Plague in India, 1896, 1897 - Volume 2
Year: 1896
Disease focus: Plague
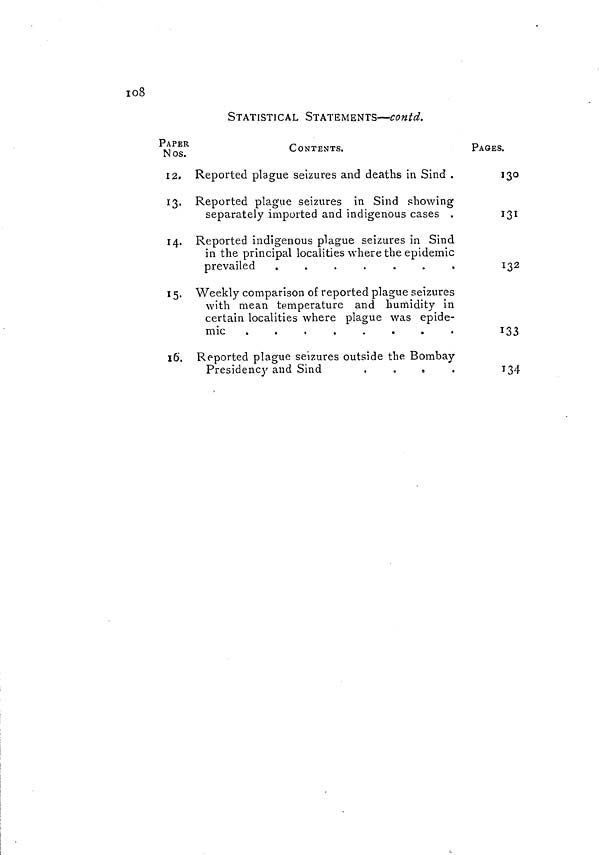
108
STATISTICAL STATEMENTS—contd.
PAPER
Nos.
CONTENTS.
PAGES.
12. Reported plague seizures and deaths in Sind .
130
13. Reported plague seizures in Sind showing
separately imported and indigenous cases .
131
14. Reported indigenous plague seizures in Sind
in the principal localities where the epidemic
prevailed
.
.
.
.
.
.
.
132
15. Weekly comparison of reported plague seizures
with mean temperature and humidity in
certain localities where plague was epide-
mic
.
.
.
.
.
.
.
133
16. Reported plague seizures outside the Bombay
Presidency and Sind
.
.
.
.
134